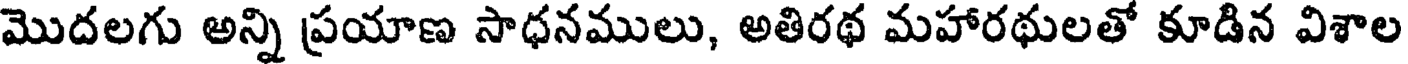
మొదలగు అన్ని ప్రయాణ సాధనములు, అతిరథ మహారథులతో కూడిన విశాల